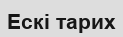
Ескі тарих